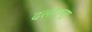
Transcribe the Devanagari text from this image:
दलारना